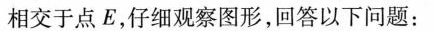
相交于点E，仔细观察图形，回答以下问题：